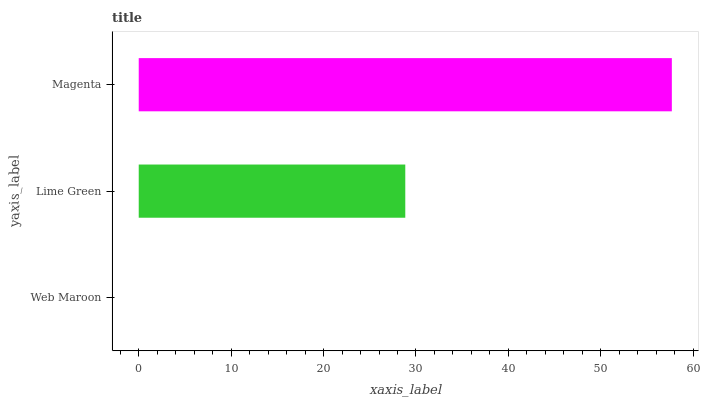
| yaxis_label | bars |
 | --- | --- |
 | Web Maroon | 0 |
 | Lime Green | 28.8 |
 | Magenta | 57.7 |